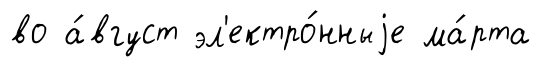
во а́вгуст эл'ектро́нныjе ма́рта